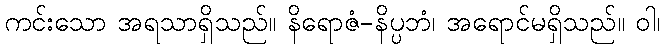
ကင်းသော အရသာရှိသည်။ နိရောဇံ-နိပ္ပဘံ၊ အရောင်မရှိသည်။ ဝါ၊